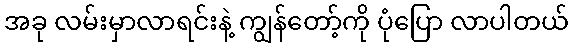
အခု လမ်းမှာလာရင်းနဲ့ ကျွန်တော့်ကို ပုံပြော လာပါတယ်